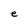
Character: e